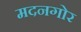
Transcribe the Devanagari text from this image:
मदनगोर